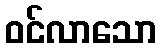
ဝင်လာသော